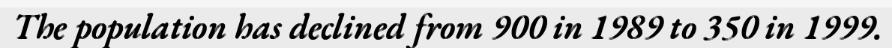
The population has declined from 900 in 1989 to 350 in 1999.